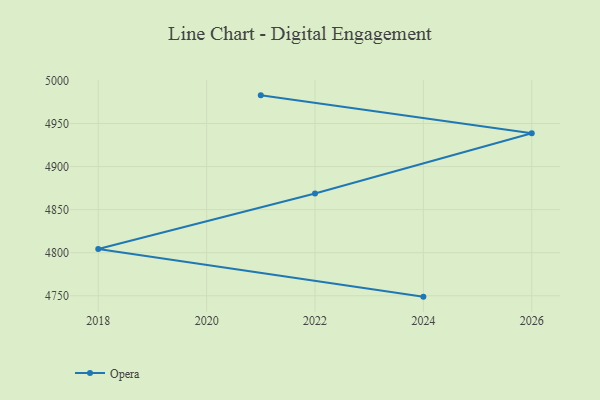
{"axis": {"x": "Year", "y": "Customer Acquisition Cost (USD)"}, "legend": ["Opera"], "data": [{"x": "2024", "y": 4749.0, "type": "Opera"}, {"x": "2018", "y": 4804.3, "type": "Opera"}, {"x": "2022", "y": 4868.7, "type": "Opera"}, {"x": "2026", "y": 4938.7, "type": "Opera"}, {"x": "2021", "y": 4982.7, "type": "Opera"}]}